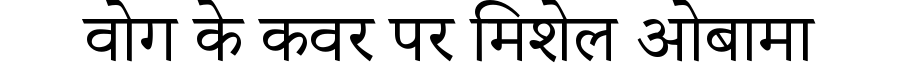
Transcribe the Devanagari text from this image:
वोग के कवर पर मिशेल ओबामा